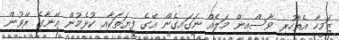
ޒަމީހާ އެތާހުރި ވާސްއިން މަލެއް ނަގައިގެން އޭގެ ފިޔަތަކާއި ކުޅެމުން އޭނާގެ ރޭވުން